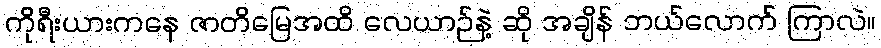
ကိုရီးယားကနေ ဇာတိမြေအထိ လေယာဉ်နဲ့ ဆို အချိန် ဘယ်လောက် ကြာလဲ။